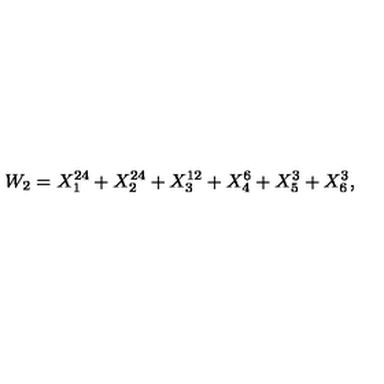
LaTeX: W _ { 2 } = X _ { 1 } ^ { 2 4 } + X _ { 2 } ^ { 2 4 } + X _ { 3 } ^ { 1 2 } + X _ { 4 } ^ { 6 } + X _ { 5 } ^ { 3 } + X _ { 6 } ^ { 3 } ,